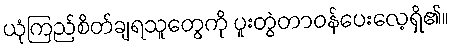
ယုံကြည်စိတ်ချရသူတွေကို ပူးတွဲတာဝန်ပေးလေ့ရှိ၏။